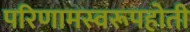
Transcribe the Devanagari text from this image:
परिणामस्वरूपहोती